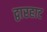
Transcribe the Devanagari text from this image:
द्वारहाट